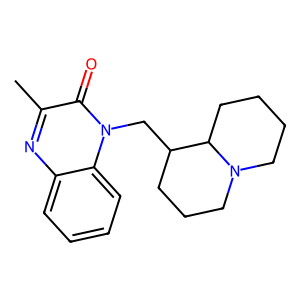
SMILES: Cc1nc2ccccc2n(CC2CCCN3CCCCC23)c1=O
Inhibits HIV replication: No